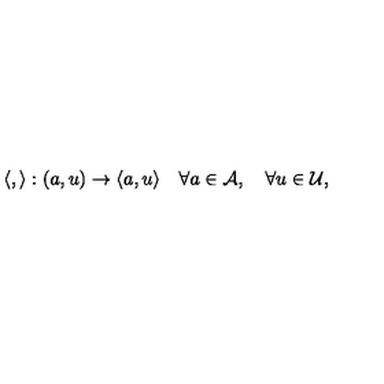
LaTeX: \langle , \rangle : ( a , u ) \rightarrow \langle a , u \rangle \quad \forall a \in { \cal A } , \quad \forall u \in { \cal U } ,